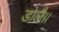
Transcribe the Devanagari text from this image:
डोलै।।